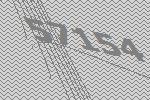
57154